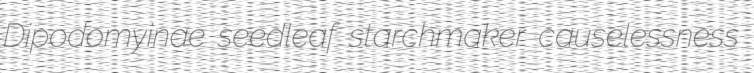
Dipodomyinae seedleaf starchmaker causelessness